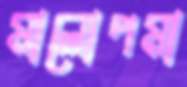
মালোপমা